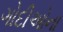
ગોદીઓના